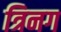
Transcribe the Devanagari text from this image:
त्रिनग